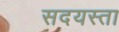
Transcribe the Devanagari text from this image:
सदयस्ता